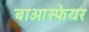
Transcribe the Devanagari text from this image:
बाओस्फेयर